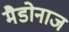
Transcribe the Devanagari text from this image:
मैडोनाज